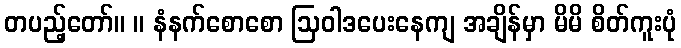
တပည့်တော်။ ။ နံနက်စောစော ဩဝါဒပေးနေကျ အချိန်မှာ မိမိ စိတ်ကူးပုံ